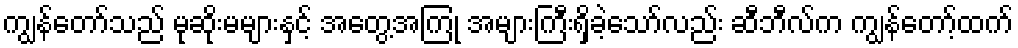
ကျွန်တော်သည် မုဆိုးမများနှင့် အတွေ့အကြုံ အများကြီးရှိခဲ့သော်လည်း ဆီဘီလ်က ကျွန်တော့်ထက်